Vaccination returns of the Province of Eastern Bengal and Assam - 1905-1912
Year: 1905
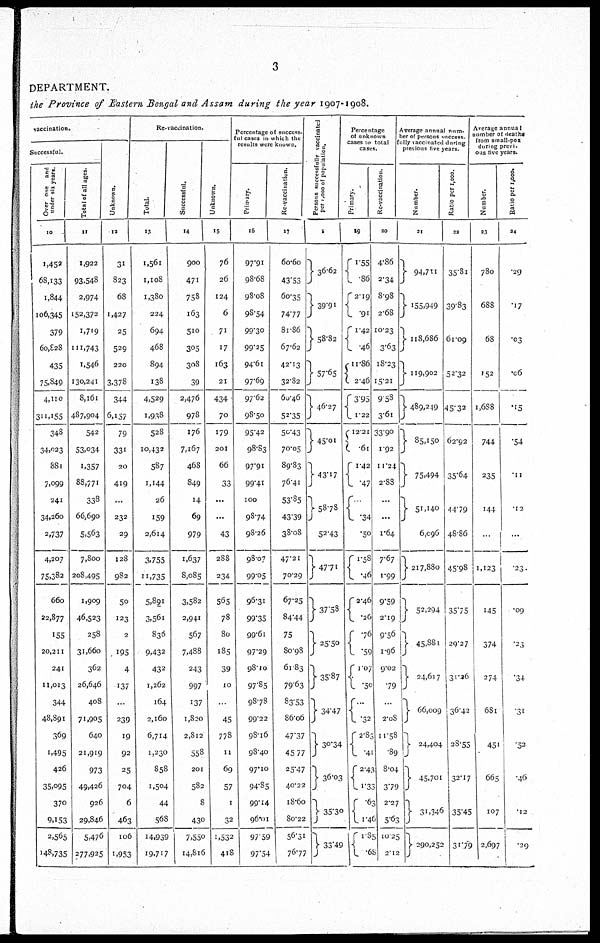
3
DEPARTMENT.
the Province of Eastern Bengal and Assam during the year 1907-1908.
vaccination.
Successful.
Over one and
under six years.
10
1,452
68,133
1,844
106,345
379
60,828
435
75,849
4,110
311,155
348
34,023
881
7,099
241
34,260
2,737
4,207
75,382
660
22,877
155
20,211
241
11,013
344
48,891
369
1,495
426
35,095
370
9,153
2,565
148,735
Total of all ages.
11
1,922
93,548
2,974
152,372
1,719
111,743
1,546
130,241
8,161
487,904
542
53,034
1,357
88,771
338
66,690
5,563
7,800
208,495
1,909
46,523
258
31,660
362
26,646
408
71,905
640
21,919
973
49,426
926
29,846
5,476
277,925
Unknown.
12
31
823
68
1,427
25
529
220
3,378
344
6,157
79
331
20
419
...
232
29
128
982
50
123
2
195
4
137
...
239
19
92
25
704
6
463
106
1,953
Re-vaccination.
Total.
13
1,561
1,108
1,380
224
694
468
894
138
4,529
1,938
528
10,432
587
1,144
26
159
2,614
3,755
11,735
5,891
3,561
836
9,432
432
1,262
164
2,160
6,714
1,230
858
1,504
44
568
14,939
19,717
Successful.
14
900
471
758
163
510
305
308
39
2,476
978
176
7,167
468
849
14
69
979
1,637
8,085
3,582
2,941
567
7,488
243
997
137
1,820
2,812
558
201
582
8
430
7,550
14,816
Unknown.
15
76
26
124
6
71
17
163
21
434
70
179
201
66
33
...
...
43
288
234
565
78
80
185
39
10
...
45
778
11
69
57
1
32
1,532
418
Percentage of success-
ful cases in which the
results were known.
Primary.
16
97.91
98.68
98.08
98.54
99.30
99.25
94.61
97.69
97.62
98.50
95.42
98.83
97.91
99.41
100
98.74
98.26
98.07
99.05
96.31
99.35
99.61
97.29
98.10
97.85
98.78
99.22
98.16
98.40
97.10
94.85
99.14
96.01
97.59
97.54
Re-vaccination.
17
60.60
43.53
60.35
74.77
81.86
67.62
42.13
32.82
60.46
52.35
50.43
70.05
89.83
76.41
53.85
43.39
38.08
47.21
70.29
67.25
84.44
75
80.98
61.83
79.63
83.53
86.06
47.37
45.77
25.47
40.22
18.60
80.22
56.31
76.77
Persons successfully vaccinated
per 1,000 of population.
18
36.62
39.91
58.82
57.65
46.27
45.01
43.17
58.78
52.43
47.71
37.58
25.50
35.87
34.47
30.34
36.03
35.30
33.49
Percentage
of unknown
cases to total
cases.
Primary.
19
1.55
. 86
2.19
.91
1.42
.46
11.86
2.46
3.95
1.22
12.21
.61
1.42
.47
...
.34
.50
1.58
.46
2.46
.26
.76
.59
1.07
.50
...
.32
2.83
.41
2.43
1.33
.63
1.46
1.85
.68
Re-vaccination.
20
4.86
2.34
8.98
2.68
10.23
3.63
18.23
15.21
9.58
3.61
33.90
1.92
11.24
2.88
...
...
1.64
7.67
1.99
9.59
2.19
9.56
1.96
9.02
.79
...
2.08
11.58
.89
8.04
3.79
2.27
5.63
10.25
2.12
Average annual num-
ber of persons success-
fully vaccinated during
previous five years.
Number.
21
94,711
155,949
118,686
119,902
489,249
85,150
75,494
51,140
6,096
217,880
52,294
45,881
24,617
66,009
24,404
45,701
31,346
290,252
Ratio per 1,000.
22
35.81
39.83
61.09
52.32
45.32
62.92
35.64
44.79
48.86
45.98
35.75
29.27
31.26
36.42
28.55
32.17
35.45
31.79
Average annual
number of deaths
from small-pox
during previ-
ous five years.
Number.
23
780
688
68
152
1,688
744
235
144
...
1,123
145
374
274
681
451
665
107
2,697
Ratio per 1,000.
24
.29
.17
.03
.06
.15
.54
.11
.12
...
.23
.09
.23
.34
.31
.52
.46
.12
.29